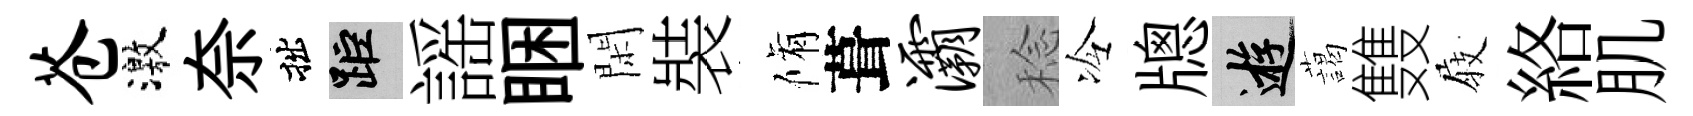
苍激奈拙距謡睏閑裝脩葺灞稔冷牕游藹䨇𡲆絡肌